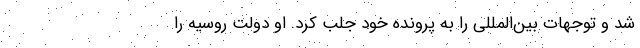
شد و توجهات بین‌المللی را به پرونده خود جلب کرد. او دولت روسیه را